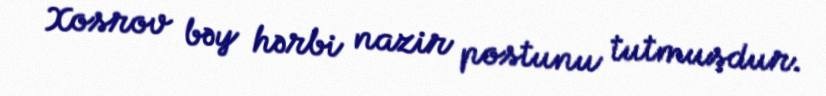
Xosrov bəy hərbi nazir postunu tutmuşdur.